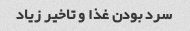
سرد بودن غذا و تاخیر زیاد